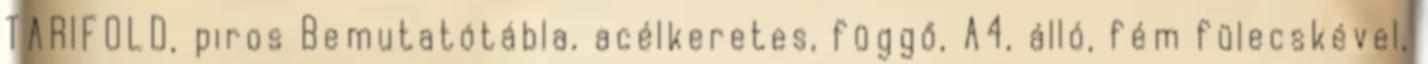
TARIFOLD, piros Bemutatótábla, acélkeretes, függő, A4, álló, fém fülecskével,